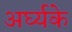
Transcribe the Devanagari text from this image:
अर्घ्यके